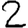
Digit: 2